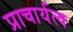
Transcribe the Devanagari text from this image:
प्राचार्यत्व